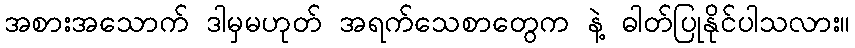
အစားအသောက် ဒါမှမဟုတ် အရက်သေစာတွေက နဲ့ ဓါတ်ပြုနိုင်ပါသလား။